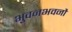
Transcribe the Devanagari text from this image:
भुवनभवनौ